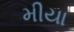
મીયા